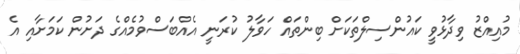
މުއިއްޒު ވިދާޅުވީ ކައުންސިލްތަކަށް ބިންތައް ހަވާލު ކުރަނީ އެއްބަސްވުމެއްގެ ދަށުން ކަމަށާއި އެ